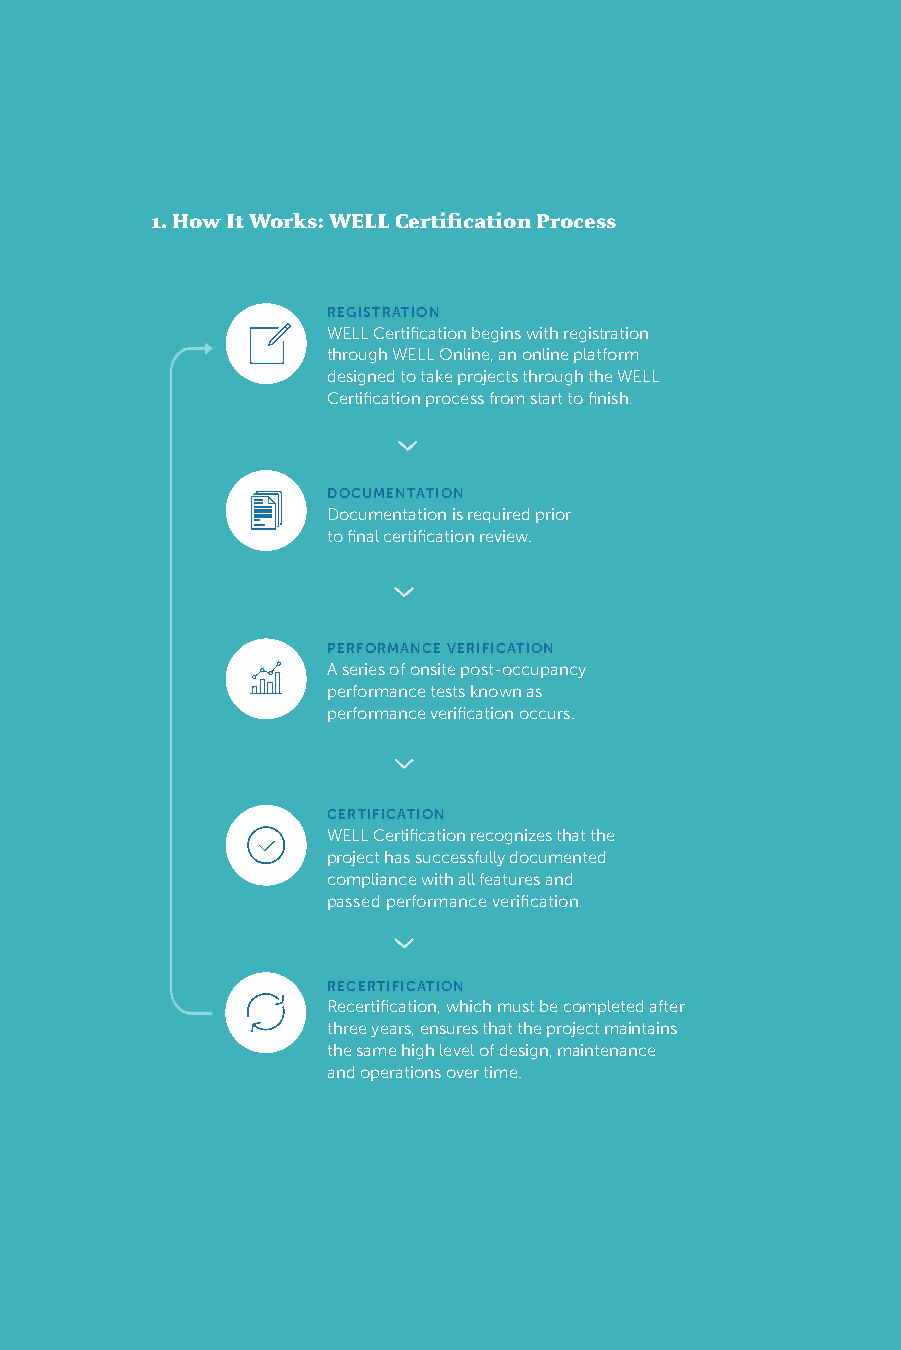
1. How It Works: WELL Certification Process
 REGISTRATION
 WELL Certification begins with registration
 through WELL Online, an online platform
 designed to take projects through the WELL
 Certification process from start to finish.
 DOCUMENTATION
 Documentation is required prior
 to final certification review.
 PERFORMANCE VERIFICATION
 A series of onsite post-occupancy
 performance tests known as
 performance verification occurs.
 CERTIFICATION
 WELL Certification recognizes that the
 project has successfully documented
 compliance with all features and
 passed performance verification.
 RECERTIFICATION
 Recertification, which must be completed after
 three years, ensures that the project maintains
 the same high level of design, maintenance
 and operations over time.